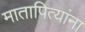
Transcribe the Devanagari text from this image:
मातापित्यांना